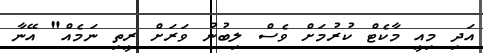
އަދި މިއީ މާކެޓް ކުރުމަށް ވެސް ލިބުނު ވަރަށް ރީތި ނަމެއް" އޭނާ